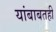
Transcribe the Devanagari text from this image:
यांबाबतही